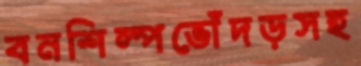
বনশিল্পভোঁদড়সহ